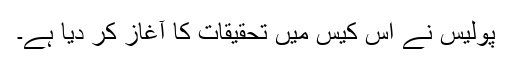
پولیس نے اس کیس میں تحقیقات کا آغاز کر دیا ہے۔